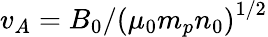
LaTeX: v_{A}=B_{0}/{(\mu_{0}m_{p}n_{0})}^{1/2}